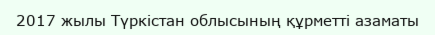
2017 жылы Түркістан облысының құрметті азаматы